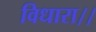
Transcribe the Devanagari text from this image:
विधारा।।